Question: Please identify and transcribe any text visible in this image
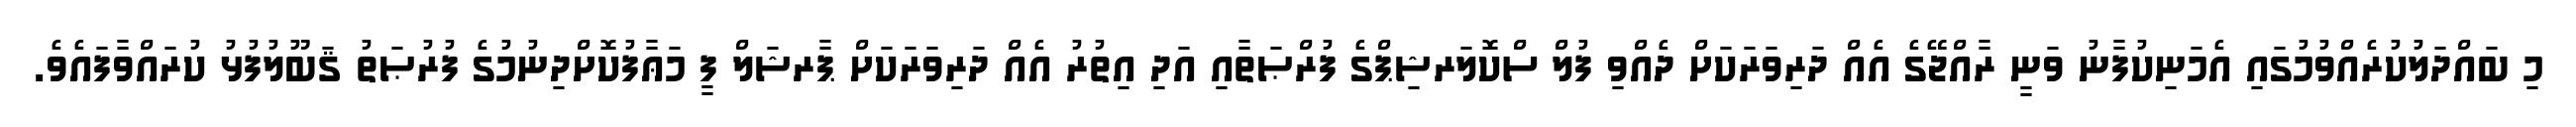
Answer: މި ބައްދަލުކުރެއްވުމުގައި އެމަނިކުފާނު ވަނީ ރާއްޖޭގެ އެއް ދަރިވަރަކަށް ދެއްވި ފުލް ސްކޮލަރޝިޕްގެ ފުރްޞަތާއި އަދި އިތުރު އެއް ދަރިވަރަކަށް ޕާރޝަލް ފީ މަޢާފުކޮށްދިނުމުގެ ފުރުޞަތު ޤަބޫލުފުޅު ކުރައްވާފައެވެ.